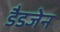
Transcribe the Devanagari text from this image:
डैडजेन